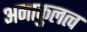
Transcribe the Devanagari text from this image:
अनाकुलत्व